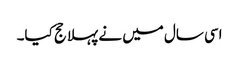
اسی سال میں نے پہلا حج کیا۔